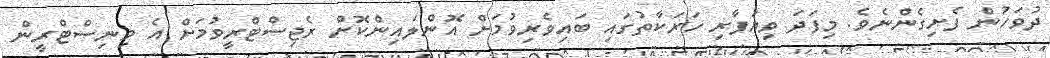
ދުވަހުން ފެށިގެންނެވެ. މިފަދަ ވިޔަފާރި ހަރަކާތުގައި ބައިވެރިވުމަށް އޮންލައިންކޮށް ރެޖިސްޓްރީވުމަށް އެ މިނިސްޓްރީން